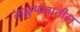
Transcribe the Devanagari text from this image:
वाळुपात्रातील